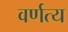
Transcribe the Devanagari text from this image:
वर्णत्य